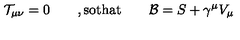
{ \mathcal T } _ { \mu \nu } = 0 \qquad , \mathrm { s o t h a t } \qquad { \mathcal B } = S + \gamma ^ { \mu } V _ { \mu }